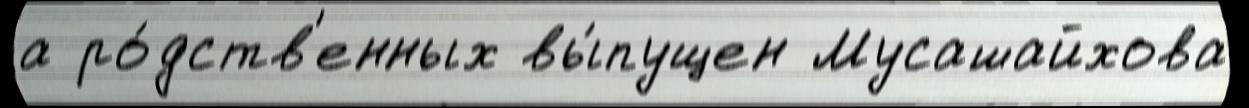
а ро́дств'енных вы́пущен Мусашайхова